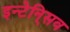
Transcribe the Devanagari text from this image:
इन्टेनि्सव